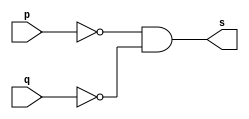
// Guia 02 - NOR - EXTRA
// Nome: Jessica Luisa Betonico Andrade

//-----------------------------------------------
//-- Contruindo NOR por NANDS --
//-----------------------------------------------

module norgate(s, p, q);
	output s;
	input p, q;
	wire temp, temp1, temp2;
	
nand NAND1(temp, p);
nand NAND2(temp1, q);
nand NAND3(temp2, temp, temp1);

	assign s = ~(temp2 & temp2);
	
endmodule // norgate

// ----------------------------------------------
// -- teste NOR gate --
//-----------------------------------------------

module testnorgate;
	reg a, b;
	wire s;
	
	// instancia
	
norgate NOR1 (s, a, b);
	
	// parte principal
	
initial begin
	 $display ("Guia_02_EXTRA -  Jessica Luisa Betonico Andrade -  412748");
	 $display("\n Teste NOR contruida por NANDS \n ");
	 $display("\n ~(a & b) = s\n");
	 $monitor(" ~(%b & %b)=%b", a,b,s);
	 		a=0; b=0;
			
	#1    a=1; b=0;
	#1		a=0; b=1;
	#1		a=1; b=1;
	
end

endmodule // testandogate